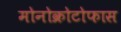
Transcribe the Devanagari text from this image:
मोनोक्रोटोफास